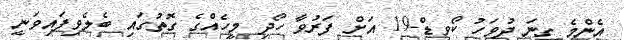
އެންމެ ގިނަ ދުވަހު ކޯވިޑް-19 އަށް ފަރުވާ ހޯދި މީހެއްގެ ގޮތުގައިި ބެލެވިފައިވަނީ